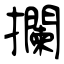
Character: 攔